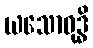
ယသောဝုဒ္ဓိ